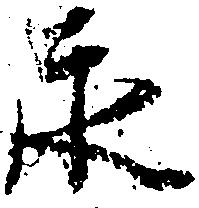
永